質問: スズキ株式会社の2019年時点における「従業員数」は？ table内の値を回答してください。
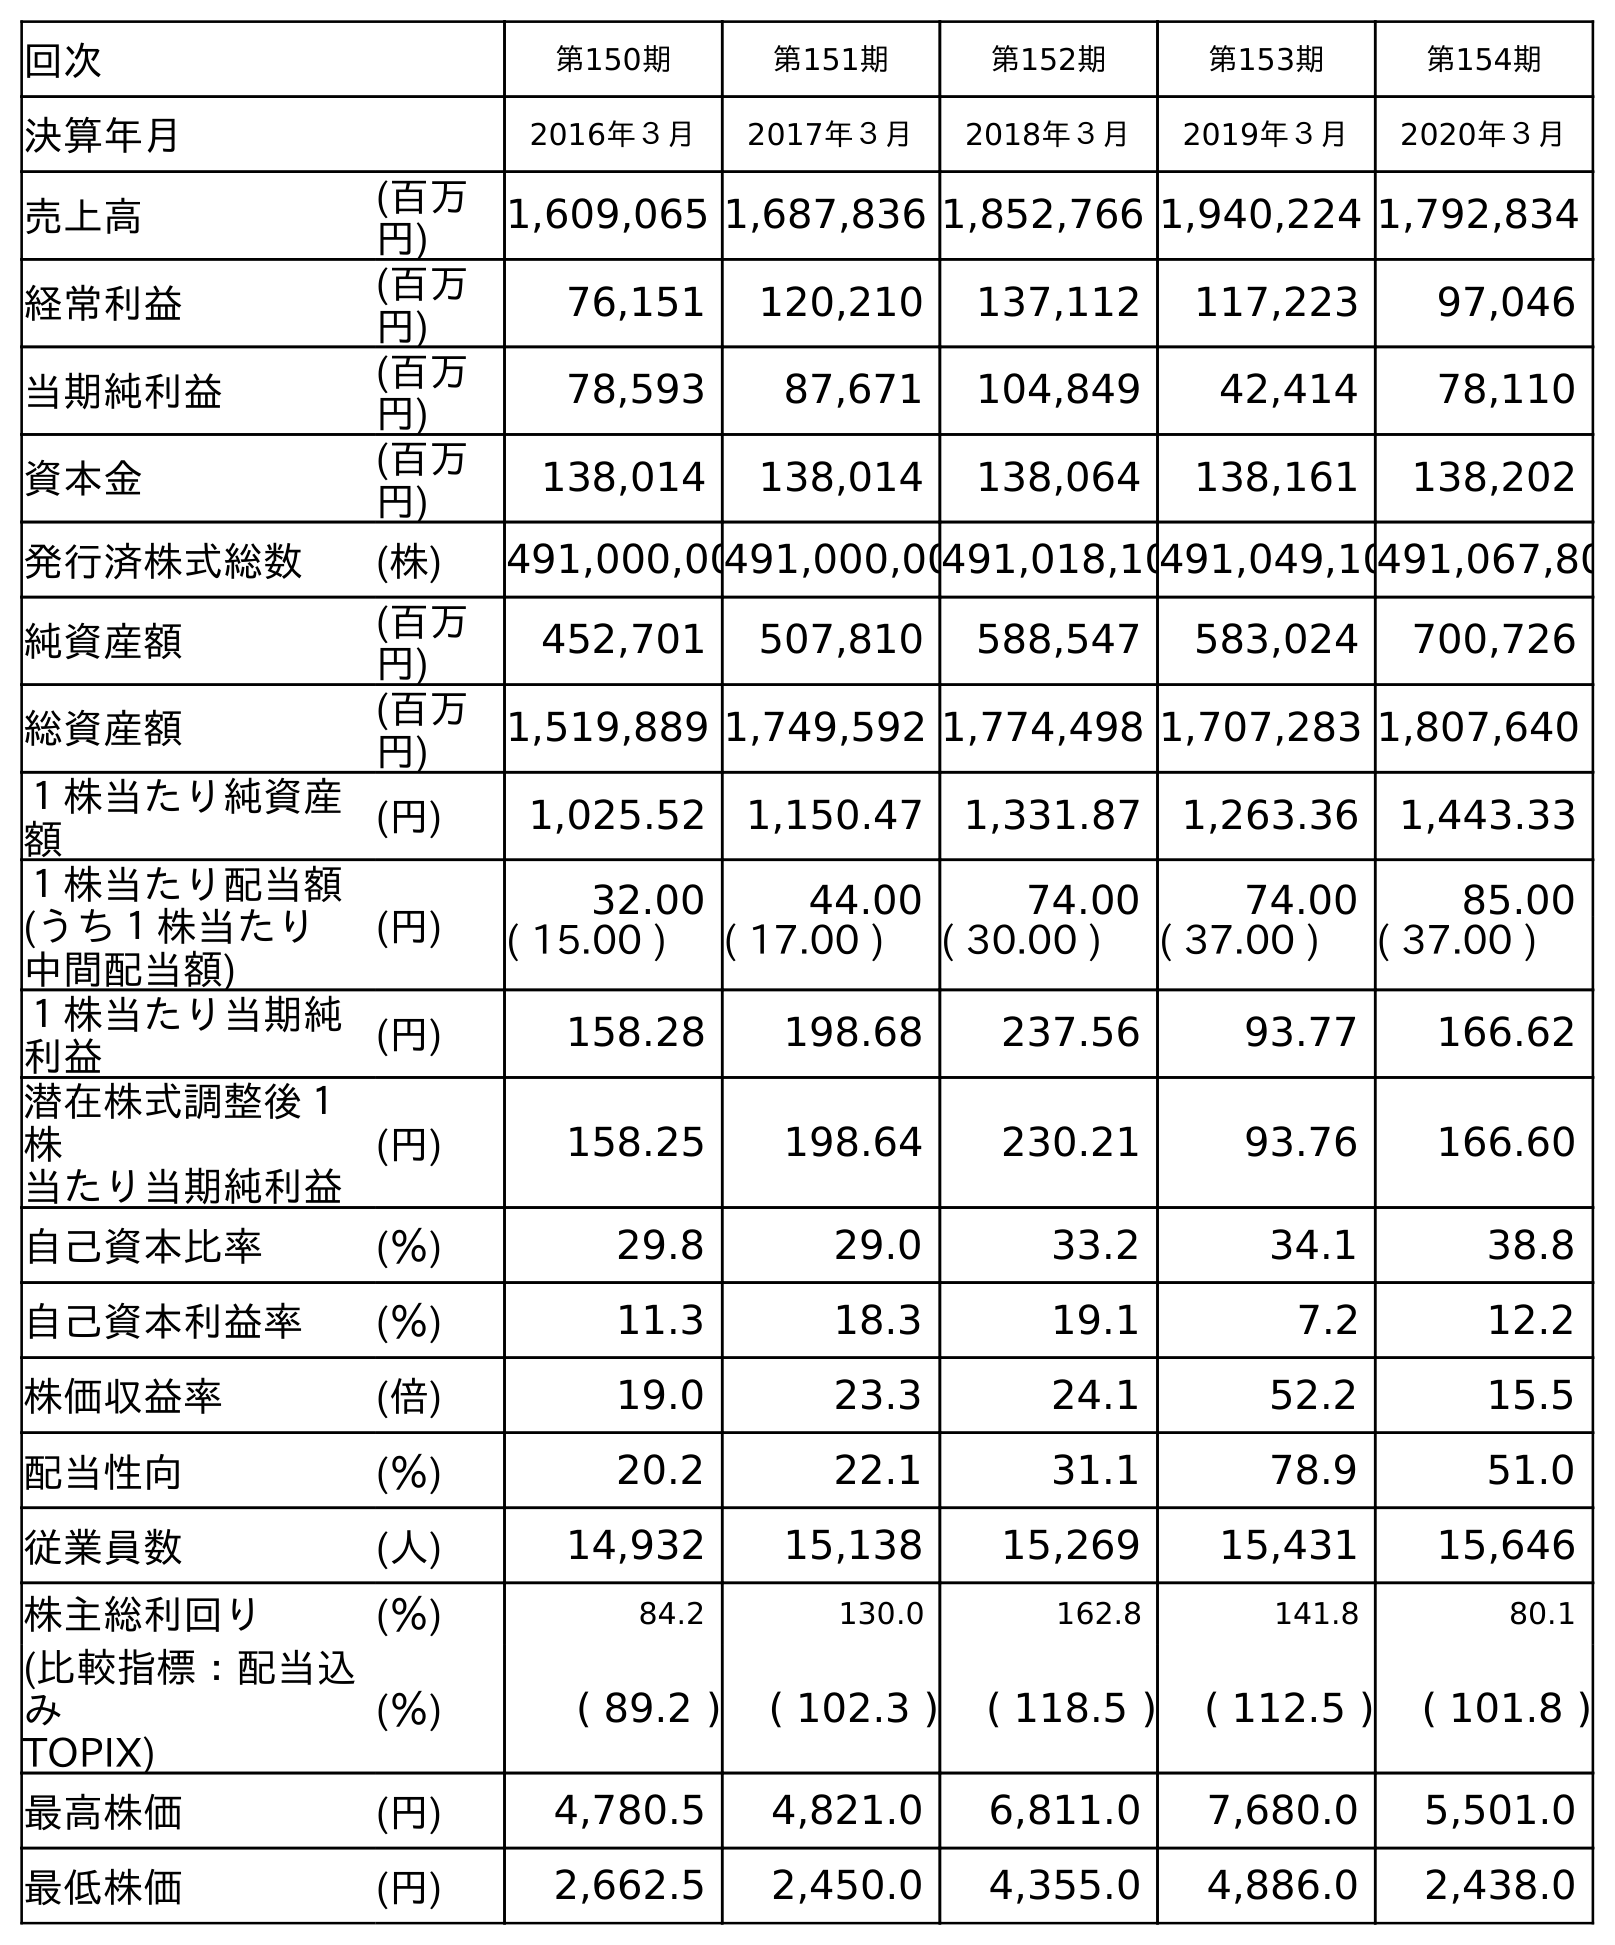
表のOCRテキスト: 回次 第150期 第151期 第152期 第153期 第154期 決算年月 2016年３月 2017年３月 2018年３月 2019年３月 2020年３月 売上高 (百万 円) 1,609,065 1,687,836 1,852,766 1,940,224 1,792,834 経常利益 (百万 円) 76,151 120,210 137,112 117,223 97,046 当期純利益 (百万 円) 78,593 87,671 104,849 42,414 78,110 資本金 (百万 円) 138,014 138,014 138,064 138,161 138,202 発行済株式総数 (株) 491,000,00491,000,00491,018,10491,049,10491,067,80 純資産額 (百万 円) 452,701 507,810 588,547 583,024 700,726 総資産額 (百万 円) 1,519,889 1,749,592 1,774,498 1,707,283 1,807,640 １株当たり純資産 額 (円) 1,025.52 1,150.47 1,331.87 1,263.36 1,443.33 １株当たり配当額 (うち１株当たり 中間配当額) (円) 32.00 44.00 74.00 74.00 85.00 ( 15.00 ) ( 17.00 ) ( 30.00 ) ( 37.00 ) ( 37.00 ) １株当たり当期純 利益 (円) 158.28 198.68 237.56 93.77 166.62 潜在株式調整後１ 株 当たり当期純利益 (円) 158.25 198.64 230.21 93.76 166.60 自己資本比率 (％) 29.8 29.0 33.2 34.1 38.8 自己資本利益率 (％) 11.3 18.3 19.1 7.2 12.2 株価収益率 (倍) 19.0 23.3 24.1 52.2 15.5 配当性向 (％) 20.2 22.1 31.1 78.9 51.0 従業員数 (人) 14,932 15,138 15,269 15,431 15,646 株主総利回り (％) 84.2 130.0 162.8 141.8 80.1 (比較指標：配当込 み TOPIX) (％) ( 89.2 ) ( 102.3 ) ( 118.5 ) ( 112.5 ) ( 101.8 ) 最高株価 (円) 4,780.5 4,821.0 6,811.0 7,680.0 5,501.0 最低株価 (円) 2,662.5 2,450.0 4,355.0 4,886.0 2,438.0
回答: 15,431